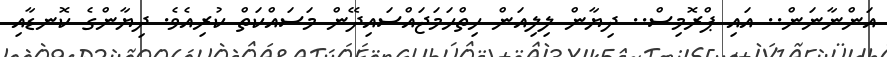
އަންނާނަން.. އައި ޕްރޮމިސް.. ދިޔާން ލިލިއަން ހިތްހަމަޖައްސައިދޭން މަސައްކަތް ކުރިއެވެ. ދިޔާންގެ ކޮނޑާއި